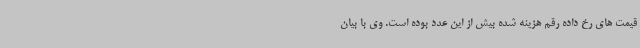
قیمت های رخ داده رقم هزینه شده بیش از این عدد بوده است. وی با بیان